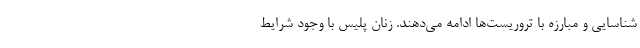
شناسایی و مبارزه با تروریست‌ها ادامه می‌دهند. زنان پلیس با وجود شرایط